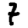
Digit: 7